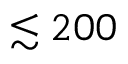
\lesssim 2 0 0